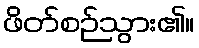
ဖိတ်စဉ်သွား၏။